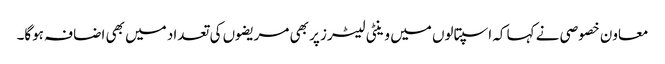
معاون خصوصی نے کہا کہ اسپتالوں میں وینٹی لیٹرز پر بھی مریضوں کی تعداد میں بھی اضافہ ہوگا۔